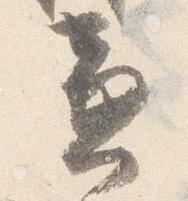
兼